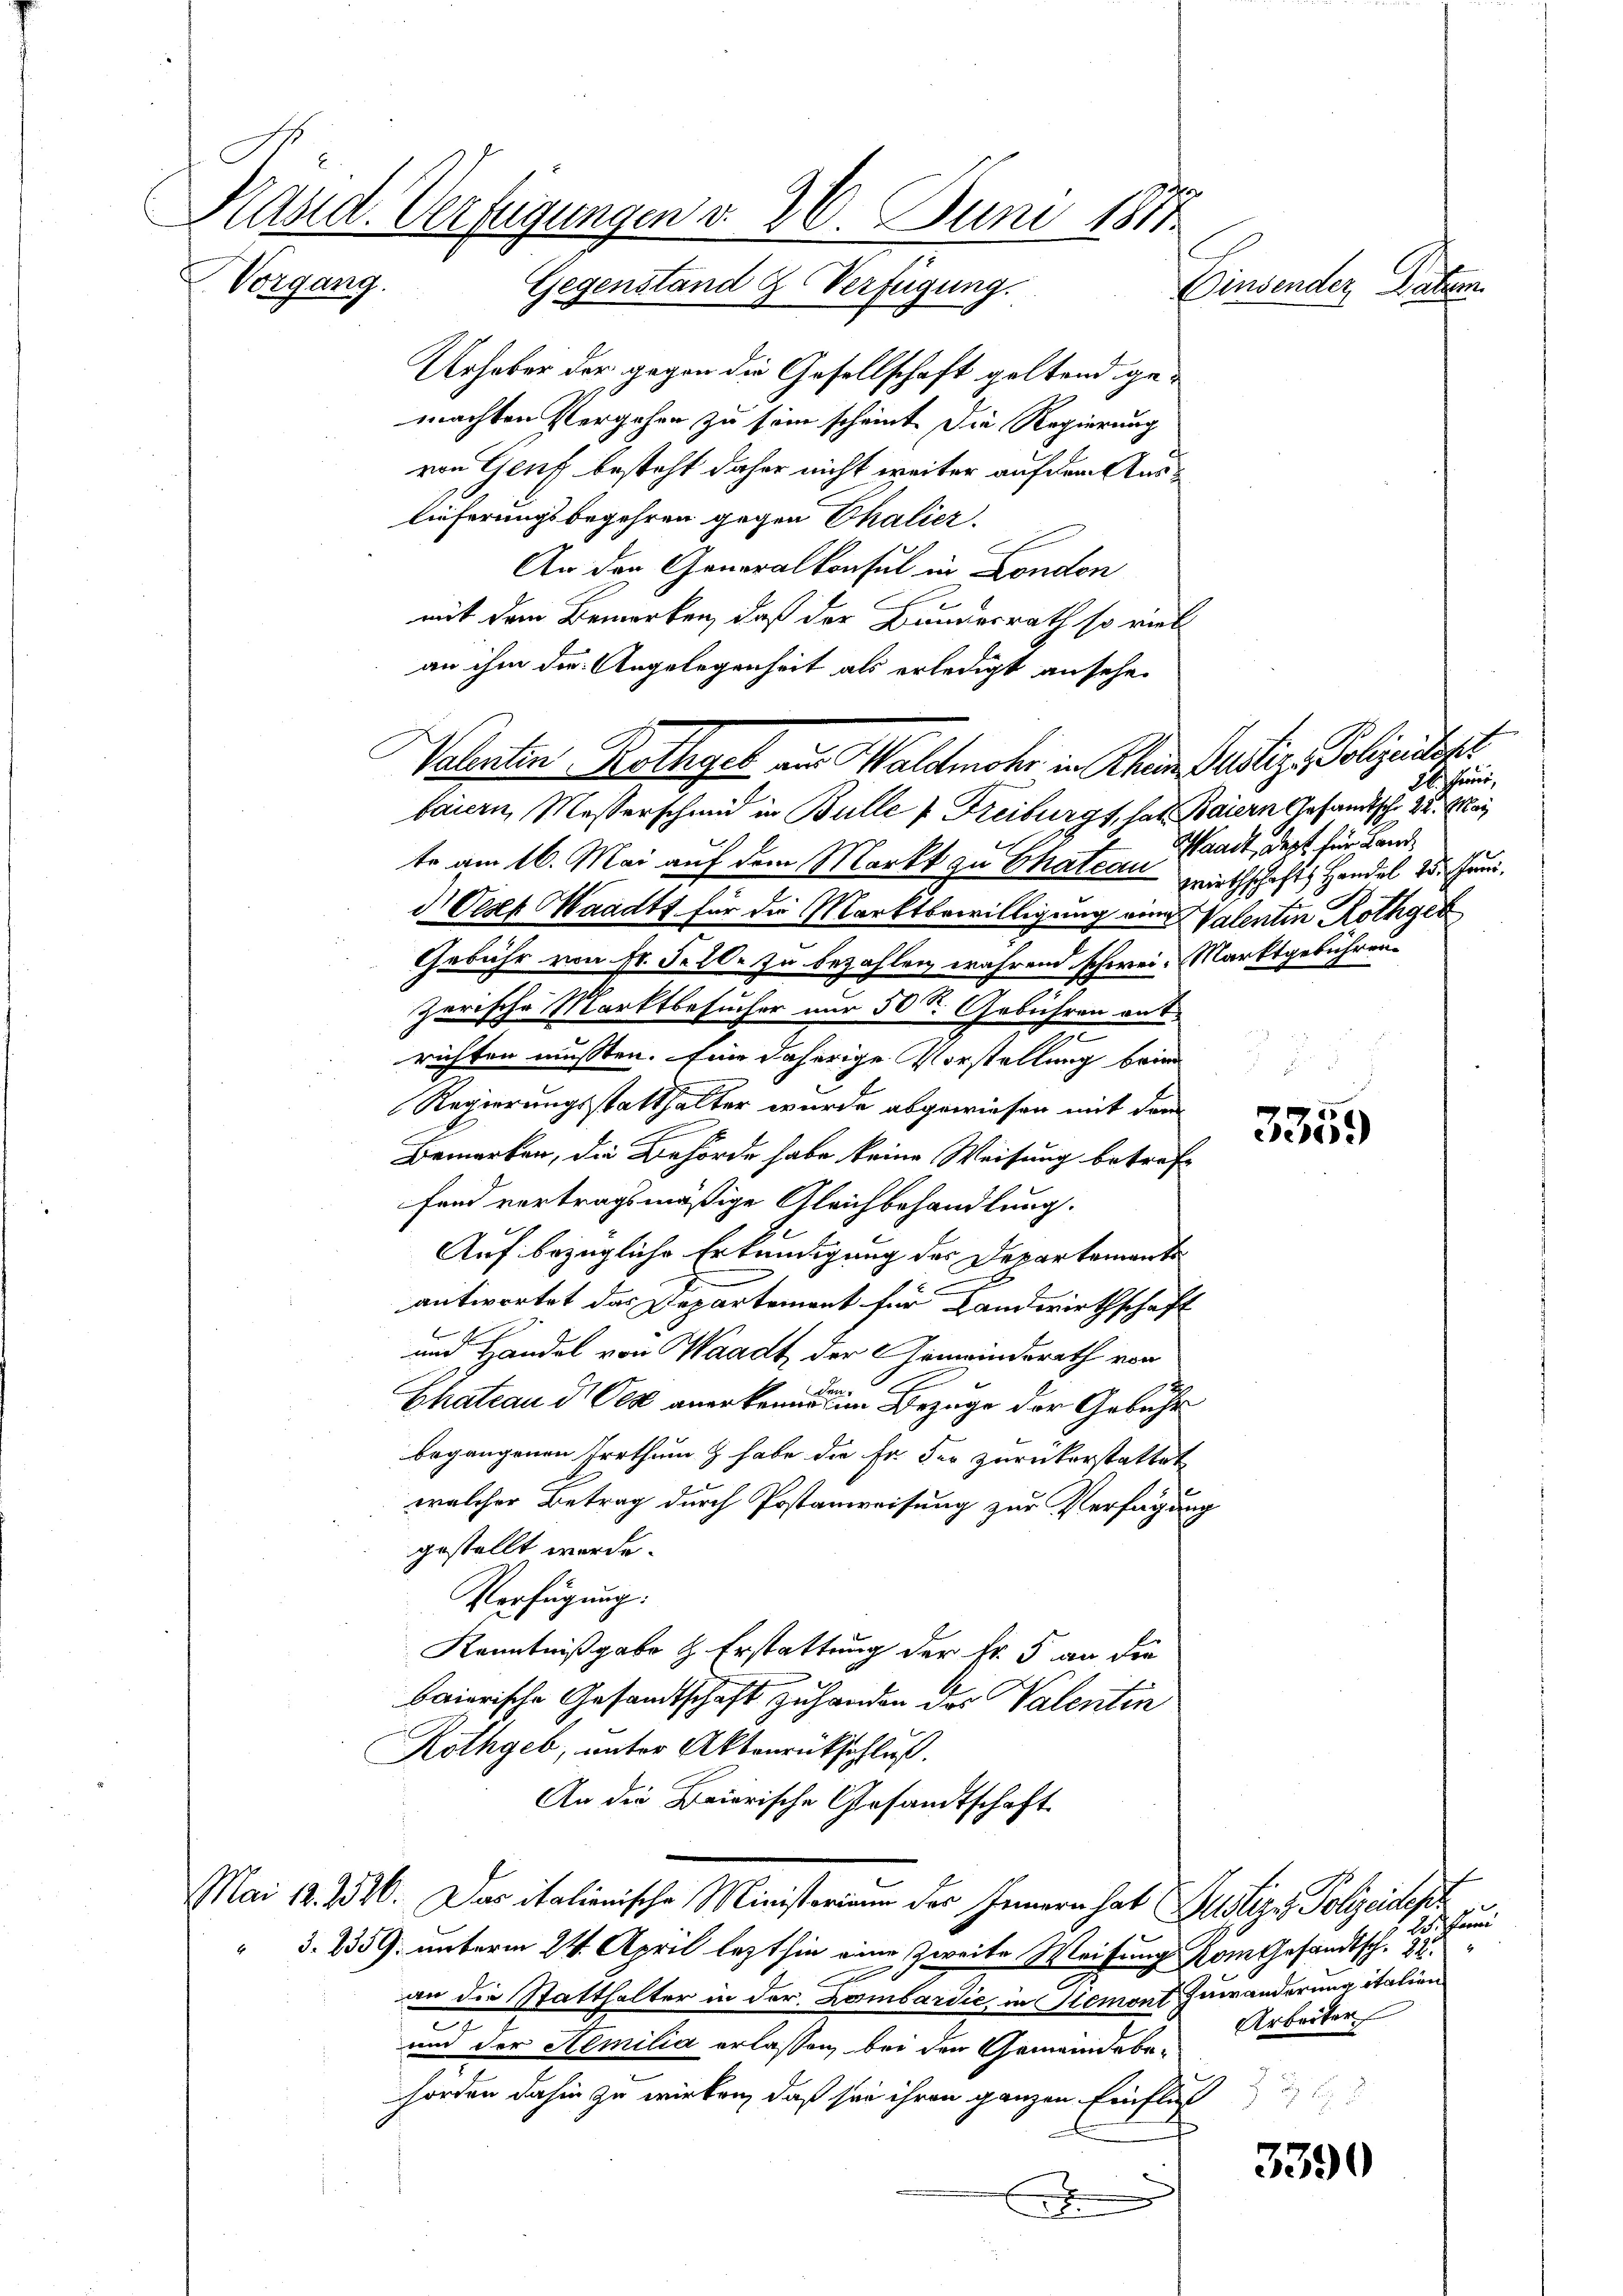
Urhaber der gegen die Gesellschaft geltend gemachten Vergehen zu sein scheint. Die Regierung
von Genf besteht daher nicht weiter auf dem Auslieferungsbegehren gegen Thalier.
An den Generalkonsul in London
mit dem Bemerken, daß der Bundesrath so viel
an ihm die Angelegenheit als erledigt ansehe.
baiern Messerschmid in Bulle v. Freiburgs, hat Baiern Gesandtsch. 22. Frei
te am 16. Mai auf dem Markt zu Chateau gewirthschafts Handel u. hrn.
d.) Deser Waadt für die Marktbewilligung von Valentin Rothgeb
Gebühr von Fr. d. 20. zu bezahlen während schwei- Marktgebührenzerische Marktbesucher nur 50 S. Gebühren ant¬
3
richten müßten. Eine daherige Vorstellung brin
Regierungsstatthalter wurde abgewiesen mit dem
Bemerken, die Behörde habe keine Weisung betref-
fand vertragsmäßige Gleichbehandlung.
Auf bezügliche Erkundigung des Departemente
.
E
antwortet das Departement für Landwirthschaft
und Handel von Waadt der Genwinderath von
1
Chateau d. Ces anerkenne im Bezuge der Gebühr
begangenen Irrthum & habe die Er der zurückerstattet
welcher Betrag durch Postanweisung zur Verfügung
gestellt werde.
Verfügung.
Kenntnißgabe & Erstattung der Fr. 5 an die
baierische Gesandtschaft zu handen das Valentin
Rothgeb, unter Aktenrückschluß.
An die Baierische Gesandtschaft
Mai 12. 2526. Das italienische Ministeriam des Innern hat Publizis Polizeidesz
§. 2359. unterm 24. April lezthin eine Zweite Weisung vom Gesandtsch. 32
x
an die Statthalter in der Lombardie, in Stemont zuwanderung italien
.
und der Aemilia erlassen, bei den Gemeindebe-
horden dahin zu wirken, daß sei ihren ganzen Einfluß

Kasid. Verfügungen v. 26. Juni 1881.
Vorgang. Gegenständ & Verfügung.
Einsender Datum.

Polentin Kollegel aus Waldmohr in Rhein Partig - Polizeitig

M. Junii,
Waadt, dest für Land¬

2
)

3390

25. Jan
g
Arbeiter
2